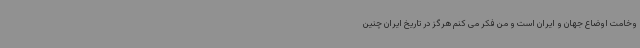
وخامت اوضاع جهان و ایران است و من فکر می کنم هرگز در تاریخ ایران چنین